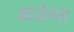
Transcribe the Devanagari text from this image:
आरोग्य।